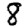
Digit: 8